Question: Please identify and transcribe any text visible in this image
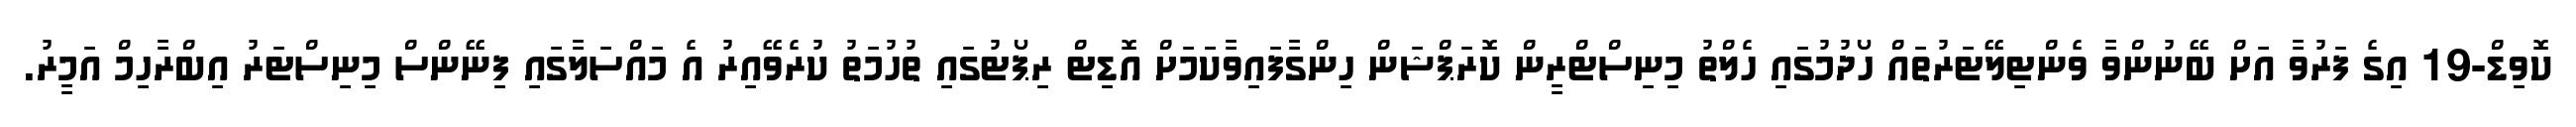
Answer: ކޮވިޑް-19 އިގެ ފަރުވާ އަށް ބޭނުންވާ ވެންޓިލޭޓަރުތައް ހޯދުމުގައި ހެލްތު މިނިސްޓްރީން ކޮރަޕްޝަން ހިންގާފައިވާކަމަށް އޮޑިޓް ރިޕޯޓުގައި ތުހުމަތު ކުރެވޭއިރު އެ މައްސަލާގައި ފިނޭންސް މިނިސްޓަރު އިބްރާހިމް އަމީރު.